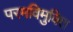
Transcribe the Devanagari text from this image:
परमविमुक्ति